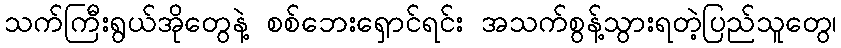
သက်ကြီးရွယ်အိုတွေနဲ့ စစ်ဘေးရှောင်ရင်း အသက်စွန့်သွားရတဲ့ပြည်သူတွေ၊